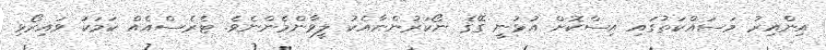
އިންއިރު މަސައްކަތުގައި އިސްކޮށް އުޅުނީ ގޭގެ ނޯކަރުންނާއެކު ލީވާންމެންނެވެ. ޓެރެސްއެއް ކަމަކު ވައިރޯޅި